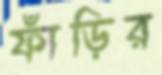
ফাঁড়ির